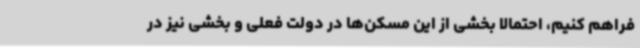
فراهم کنیم، احتمالا بخشی از این مسکن‌ها در دولت فعلی و بخشی نیز در